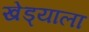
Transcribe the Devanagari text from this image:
खेड्याला